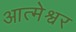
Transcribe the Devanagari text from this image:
आत्मेश्वर